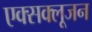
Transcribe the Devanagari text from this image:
एक्सक्लूजन